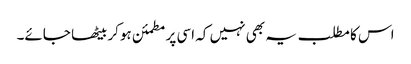
اس کا مطلب یہ بھی نہیں کہ اسی پر مطمئن ہوکر بیٹھا جائے۔